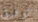
توفيق